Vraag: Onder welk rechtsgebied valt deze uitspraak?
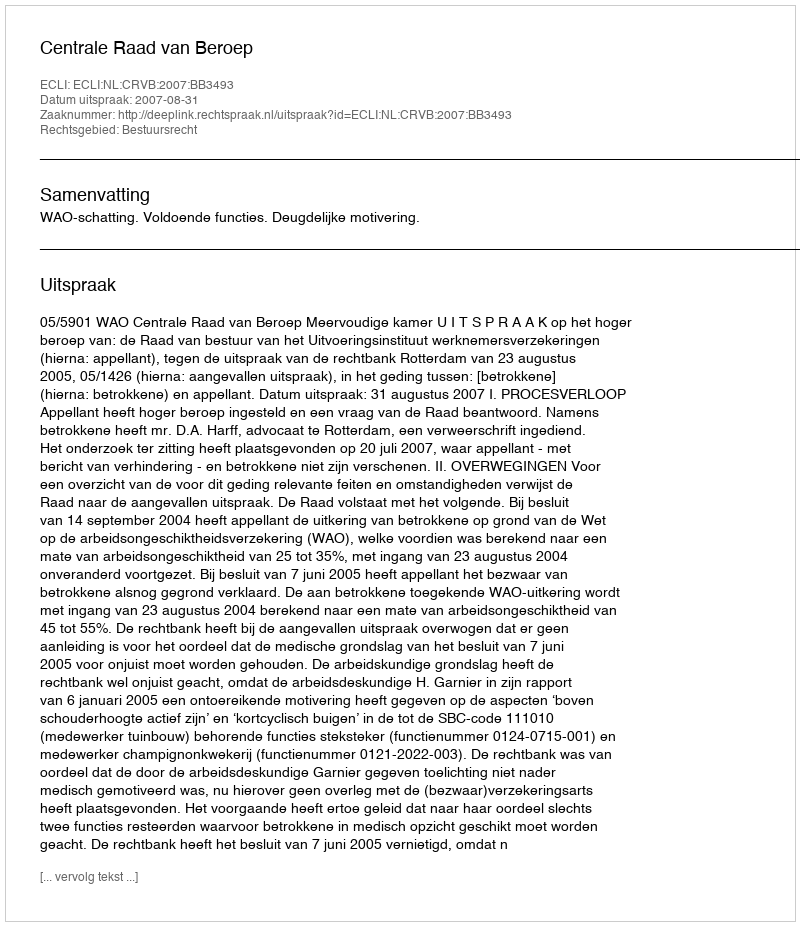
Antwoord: Bestuursrecht